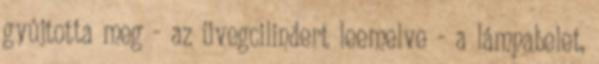
gyújtotta meg - az üvegcilindert leemelve - a lámpabelet,